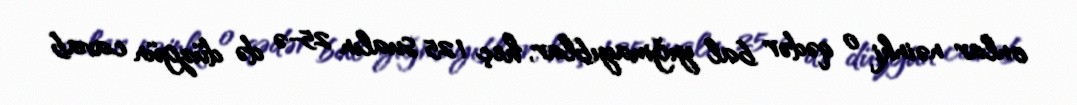
onlar nəinki o qədər bal yığmayıblar, heç 125 sualın 25-ə də düzgün cavab